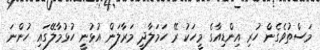
މަސްތުވެގެން ހުރި އިންޑިއާގެ މީހަކު ރޭ ހަމަލާދީ މަރާލަން އުޅުނީ ހުޅުމާލޭގައި ހުންނަ